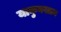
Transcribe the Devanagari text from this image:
याकुबखान